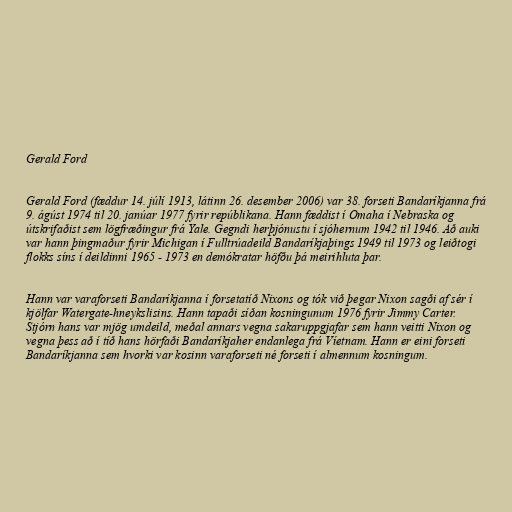
Gerald Ford

Gerald Ford (fæddur 14. júlí 1913, látinn 26. desember 2006) var 38. forseti Bandaríkjanna frá
9. ágúst 1974 til 20. janúar 1977 fyrir repúblikana. Hann fæddist í Omaha í Nebraska og
útskrifaðist sem lögfræðingur frá Yale. Gegndi herþjónustu í sjóhernum 1942 til 1946. Að auki
var hann þingmaður fyrir Michigan í Fulltrúadeild Bandaríkjaþings 1949 til 1973 og leiðtogi
flokks síns í deildinni 1965 - 1973 en demókratar höfðu þá meirihluta þar.

Hann var varaforseti Bandaríkjanna í forsetatíð Nixons og tók við þegar Nixon sagði af sér í
kjölfar Watergate-hneykslisins. Hann tapaði síðan kosningunum 1976 fyrir Jimmy Carter.
Stjórn hans var mjög umdeild, meðal annars vegna sakaruppgjafar sem hann veitti Nixon og
vegna þess að í tíð hans hörfaði Bandaríkjaher endanlega frá Víetnam. Hann er eini forseti
Bandaríkjanna sem hvorki var kosinn varaforseti né forseti í almennum kosningum.